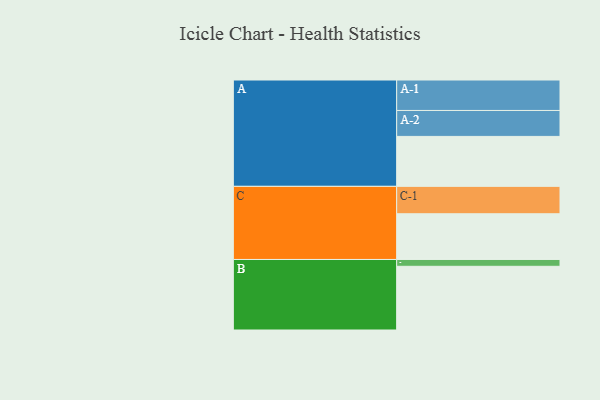
{"axis": {"x": "Segment", "y": "Value"}, "legend": ["", "A", "B", "C"], "data": [{"x": "A", "y": 439, "type": ""}, {"x": "B", "y": 560, "type": ""}, {"x": "C", "y": 402, "type": ""}, {"x": "A-1", "y": 268, "type": "A"}, {"x": "A-2", "y": 228, "type": "A"}, {"x": "B-1", "y": 60, "type": "B"}, {"x": "C-1", "y": 241, "type": "C"}]}